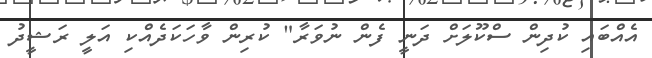
އެއްބައި ކުދިން ސްކޫލަށް ދަނީ ފެން ނުވަރާ" ކުރިން ވާހަކަދެއްކި އަލީ ރަޝީދު